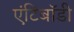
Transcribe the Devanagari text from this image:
एंटिबॉडी